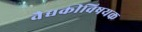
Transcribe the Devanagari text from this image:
वैद्यकीविषयक